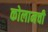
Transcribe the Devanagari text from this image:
कोलामची